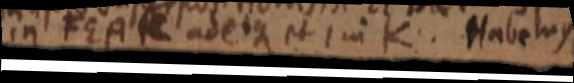
in FEA _ adeoque et I in K. Habemus